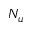
N _ { u }